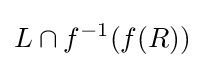
L\cap f^{-1}(f(R))